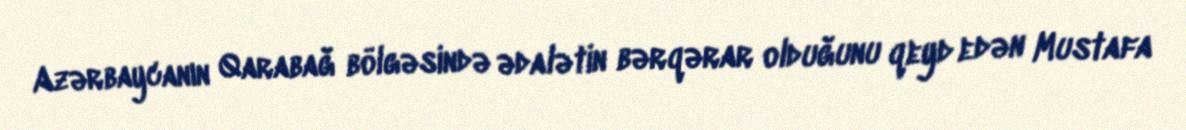
Azərbaycanın Qarabağ bölgəsində ədalətin bərqərar olduğunu qeyd edən Mustafa